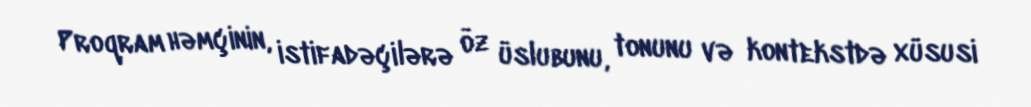
Proqram həmçinin, istifadəçilərə öz üslubunu, tonunu və kontekstdə xüsusi